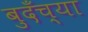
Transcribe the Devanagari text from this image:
बुदँच्या